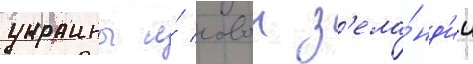
украины и́ новои з'ела́нд'ии